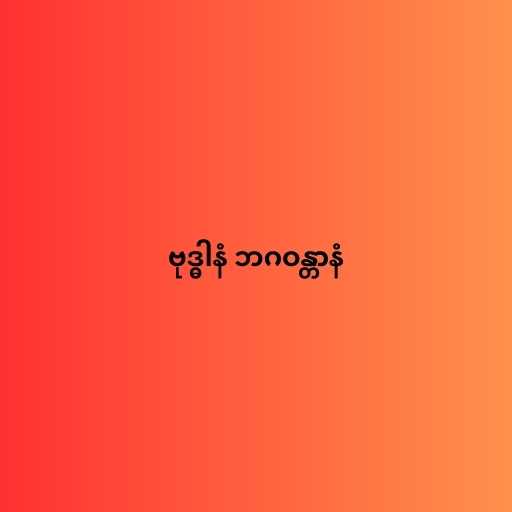
ဗုဒ္ဓါနံ ဘဂဝန္တာနံ